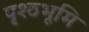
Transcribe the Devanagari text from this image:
पृश्ठभूमि